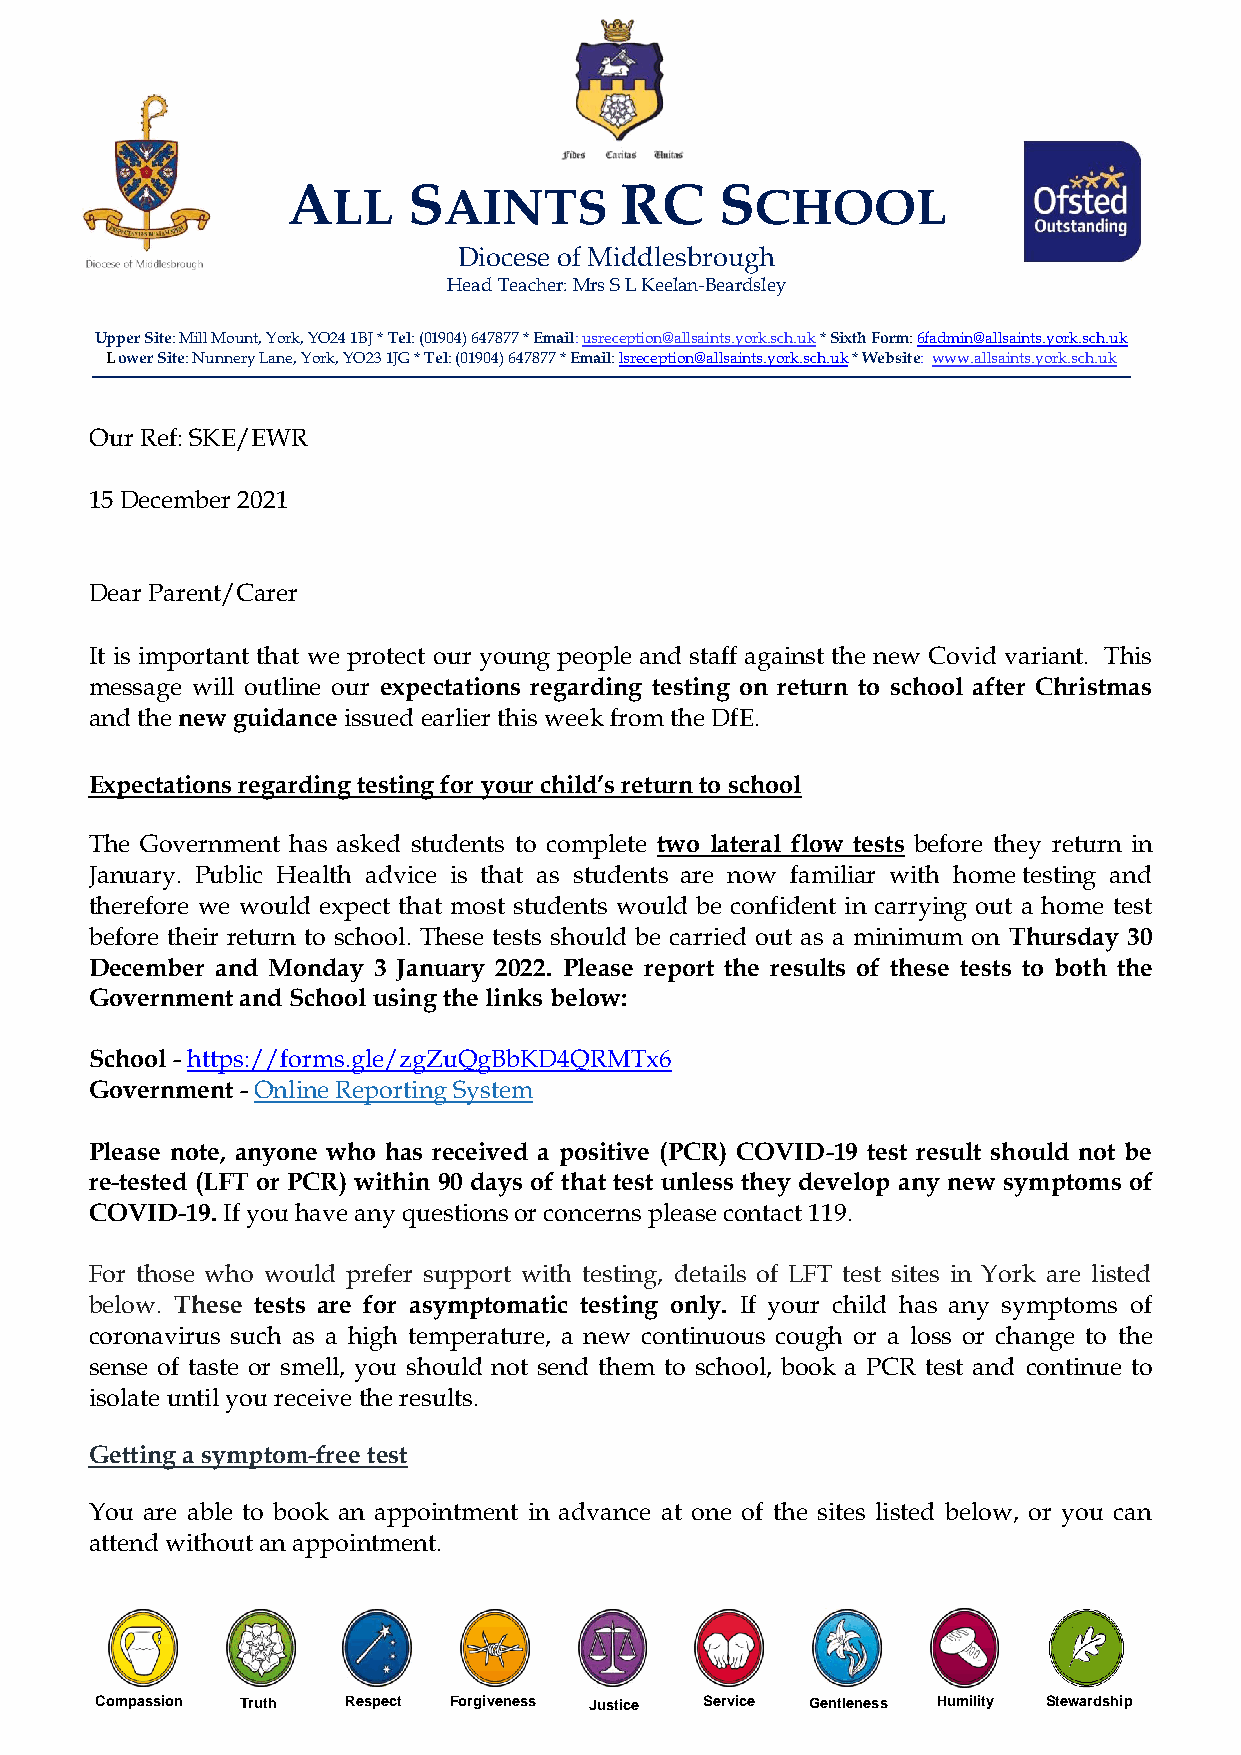
ALL     SAINTS        RC     SCHOOL
 Diocese of Middlesbrough
 Head Teacher: Mrs S L Keelan-Beardsley
 Upper Site: Mill Mount, Y ork, YO24 1BJ * Tel: (01904) 647877 * Email: usreception@allsaints.york.sch.uk * Sixth Form: 6fadmin@allsaints.york.sch.uk
 L ower Site: Nunnery Lane, York, YO23 1JG * Tel: (01904) 647877 * Email: lsreception@allsaints.york.sch.uk * Website: www.allsaints.york.sch.uk
 Our Ref: SKE/EWR
 15 December 2021
 Dear Parent/Carer
 It is important that we protect our young people and staff against the new Covid variant. This
 message will outline our expectations regarding testing on return to school after Christmas
 and the new guidance issued earlier this week from the DfE.
 Expectations regarding testing for your child’s return to school
 The Government has asked students to complete two lateral flow tests before they return in
 January. Public Health advice is that as students are now familiar with home testing and
 therefore we would expect that most students would be confident in carrying out a home test
 before their return to school. These tests should be carried out as a minimum on Thursday 30
 December and Monday 3 January 2022. Please report the results of these tests to both the
 Government and School using the links below:
 School - https://forms.gle/zgZuQgBbKD4QRMTx6
 Government - Online Reporting System
 Please note, anyone who has received a positive (PCR) COVID-19 test result should not be
 re-tested (LFT or PCR) within 90 days of that test unless they develop any new symptoms of
 COVID-19. If you have any questions or concerns please contact 119.
 For those who would prefer support with testing, details of LFT test sites in York are listed
 below. These tests are for asymptomatic testing only. If your child has any symptoms of
 coronavirus such as a high temperature, a new continuous cough or a loss or change to the
 sense of taste or smell, you should not send them to school, book a PCR test and continue to
 isolate until you receive the results.
 Getting a symptom-free test
 You are able to book an appointment in advance at one of the sites listed below, or you can
 attend without an appointment.
 Compassion Truth Respect Forgiveness Justice Service Gentleness Humility Stewardship